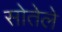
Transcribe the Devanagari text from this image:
सोतेले